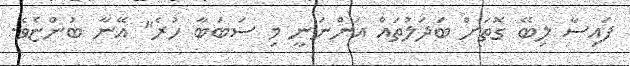
ފައިސާ ލިބޭ ގޮތަށް ބަދަލުތައް އަންނަނީ މި ސަބަބާ ހުރެ" އޭނާ ބުންޏެވެ.